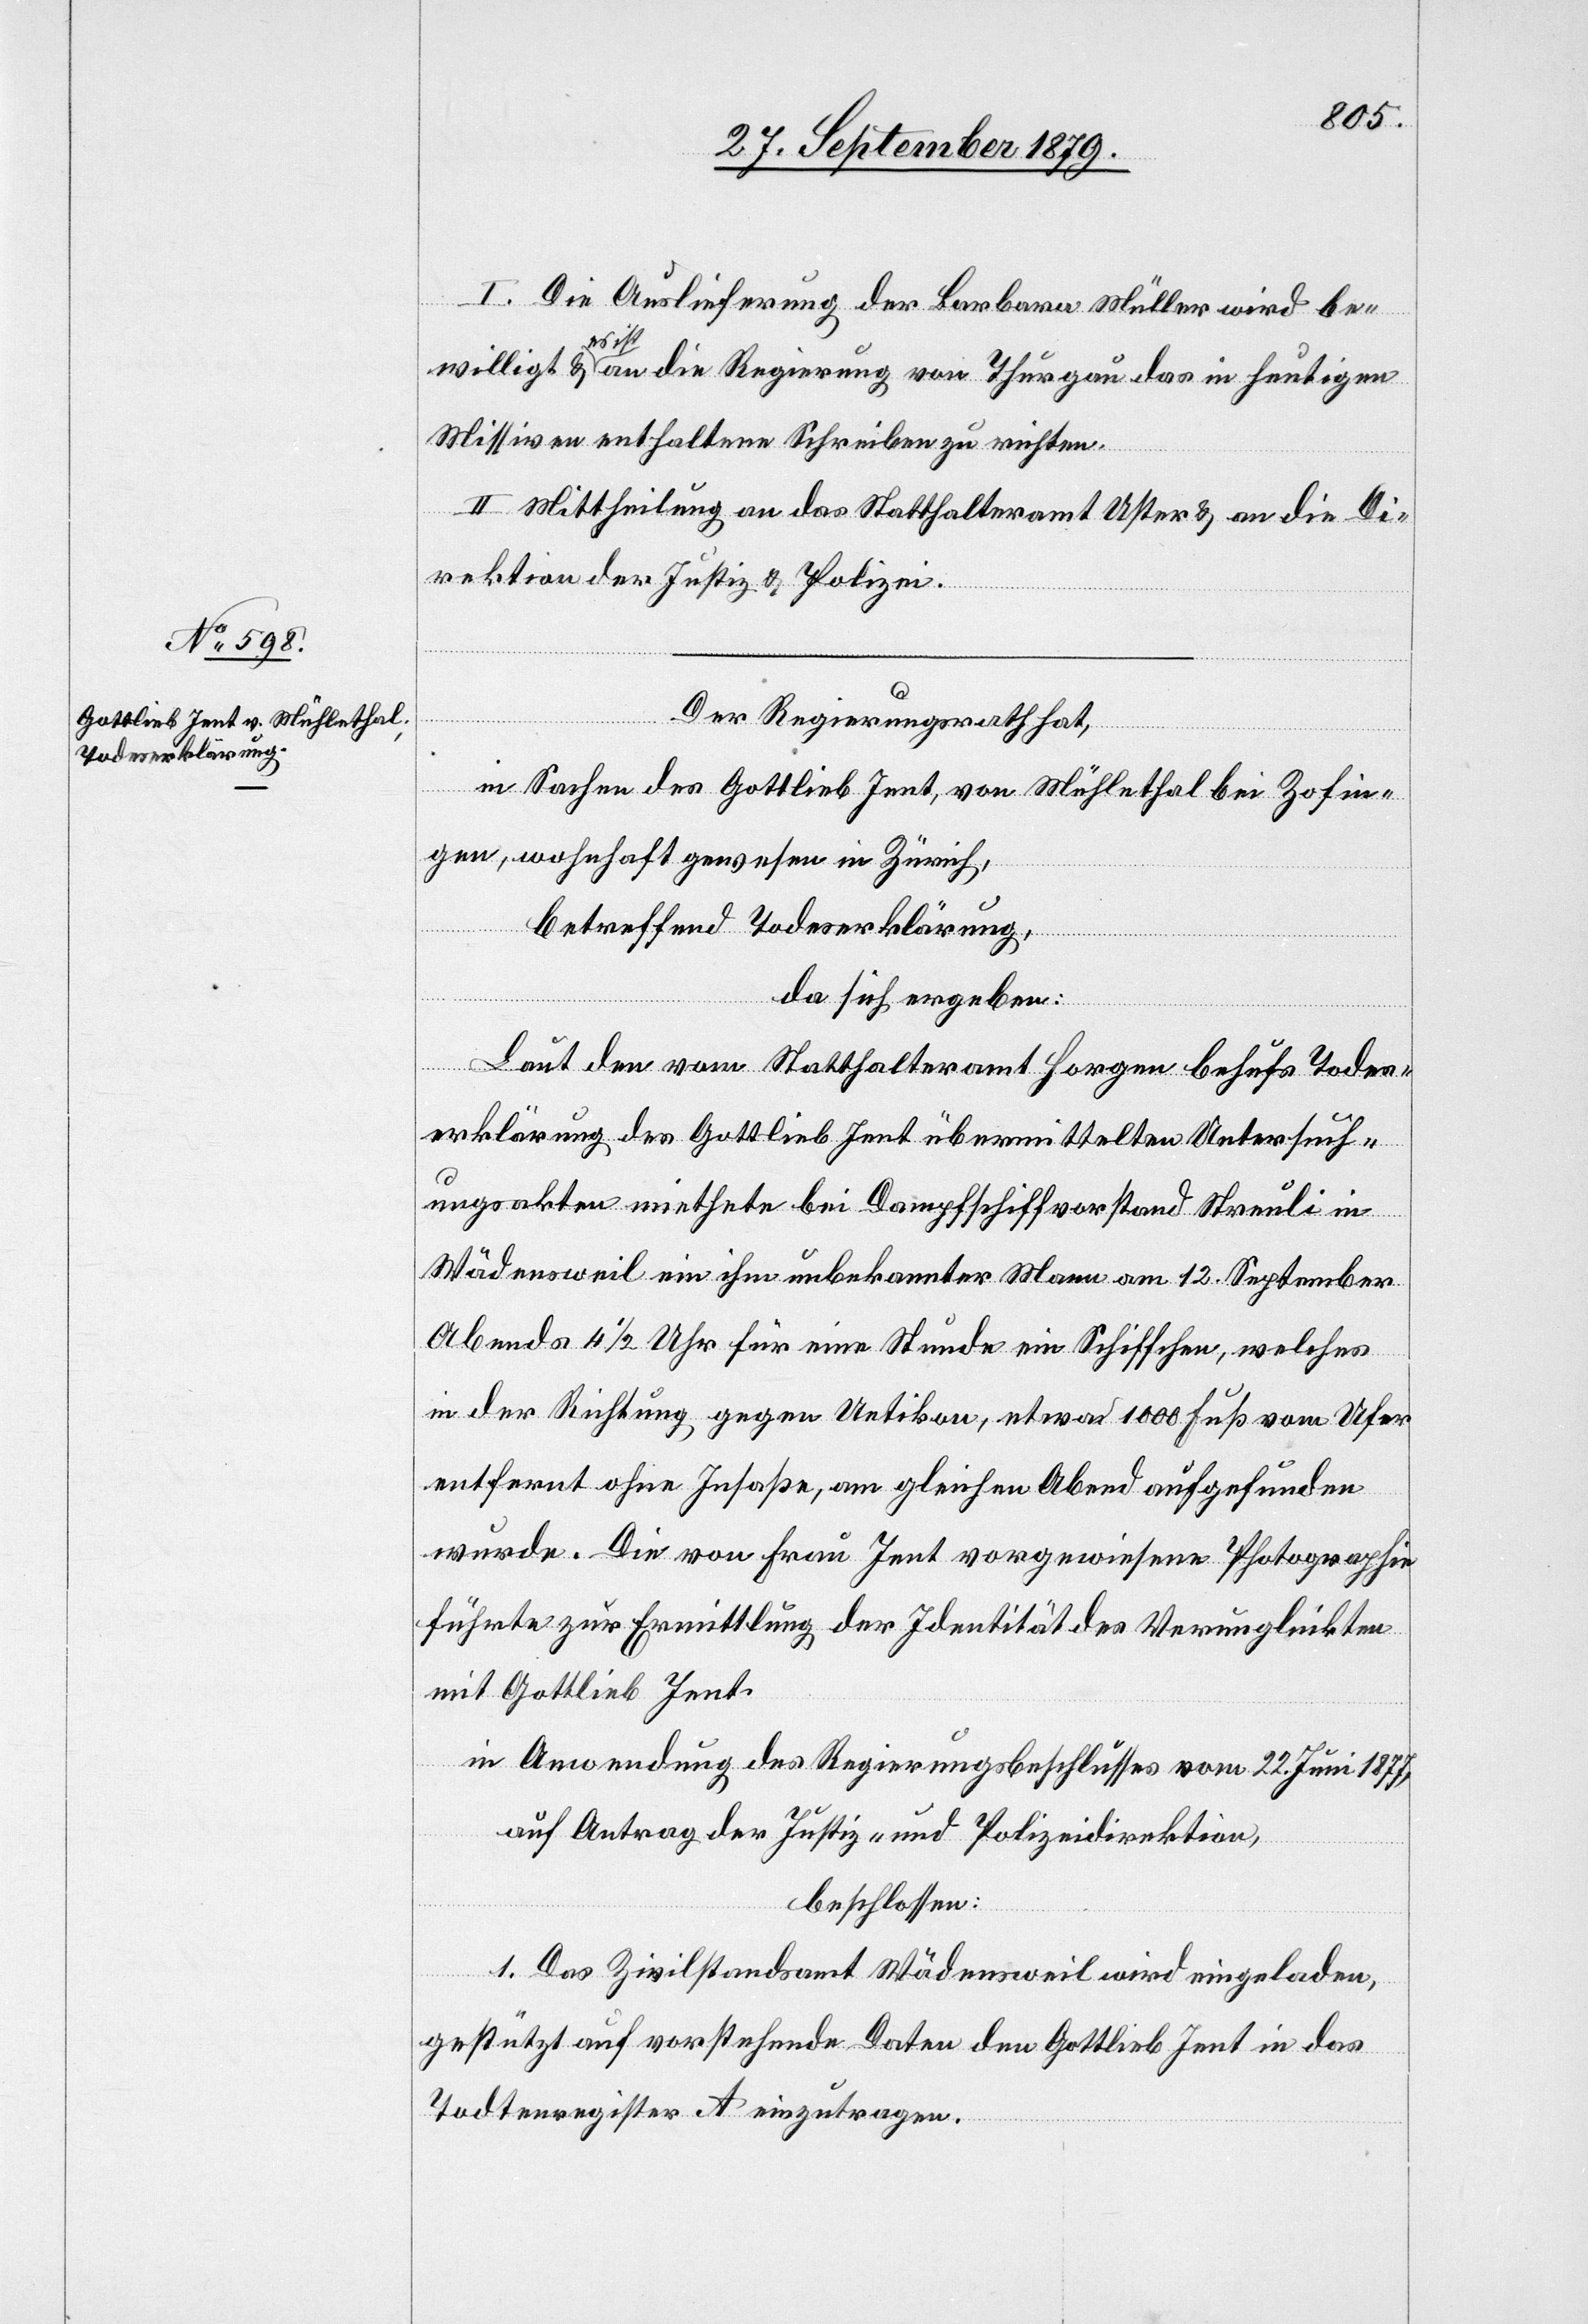
I. Die Auslieferung der Barbara Müller wird be¬
willigt & es ist an die Regierung von Thurgau das in heutigen
Missiven enthaltene Schreiben zu richten.
II. Mittheilung an das Statthalteramt Uster & an die Di¬
rektion der Justiz & Polizei.
Der Regierungsrath hat,
in Sachen des Gottlieb Jent, von Mühlethal bei Zofin¬
gen, wohnhaft gewesen in Zürich,
betreffend Todeserklärung,
da sich ergeben:
Laut der vom Statthalteramt Horgen behufs Todes¬
erklärung des Gottlieb Jent übermittelten Untersuch¬
ungsakten miethete bei Dampfschiffvorstand Streuli in
Wädensweil ein ihm unbekannter Mann am 12. September
Abends 4 1/2 Uhr für eine Stunde ein Schiffchen, welches
in der Richtung gegen Uetikon, etwa 1000 Fuß vom Ufer
entfernt ohne Insasse, am gleichen Abend aufgefunden
wurde. Die von Frau Jent vorgewiesene Photographie
führte zur Ermittlung der Identität des Verunglückten
mit Gottlieb Jent.
In Anwendung des Regierungsbeschlußes vom 22. Juni 1877,
auf Antrag der Justiz- & Polizeidirektion,
beschlossen:
1. Das Zivilstandsamt Wädensweil wird eingeladen,
gestützt auf vorstehende Daten den Gottlieb Jent in das
Todtenregister A einzutragen.